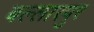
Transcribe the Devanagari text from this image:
बल्लारपुर